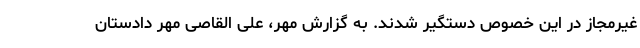
غیرمجاز در این خصوص دستگیر شدند. به گزارش مهر، علی القاصی مهر دادستان